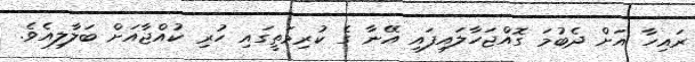
ރައިހާ އަށް ދެބުމަ ގޮއްޖަހާލައިފައި އޭނާ ގެ ކުރިމަތީގައި ހުރި ކުއްޖާއަށް ބަލާލިއެވެ.